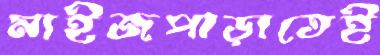
মাইজপাড়াতেই